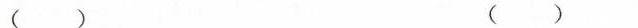
() ()